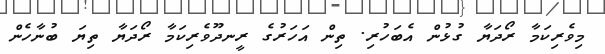
މިވެރިކަމާ ރޯދަޔާ ގުޅުން އެބަހުރި. ތިން އަހަރުގެ ރީނދޫވެރިކަމާ ރޯދަޔާ ތިޔަ ބުނާހެން